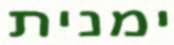
ימנית